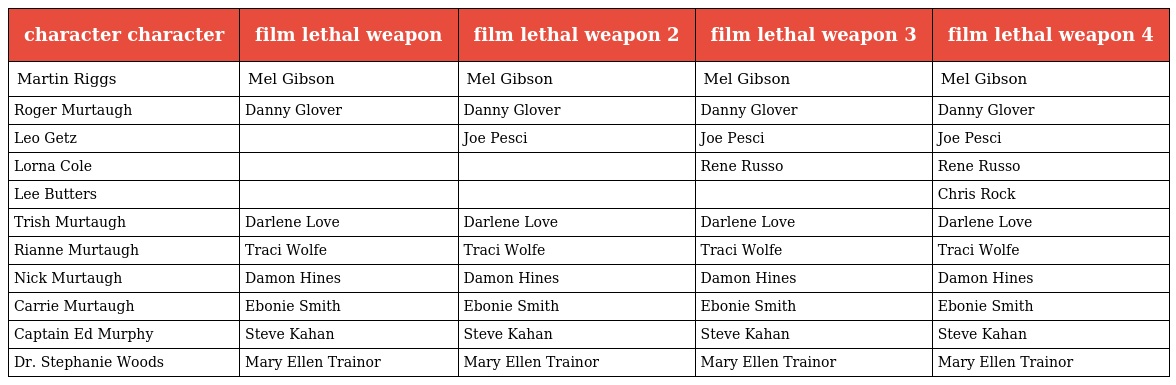
| character character | film lethal weapon | film lethal weapon 2 | film lethal weapon 3 | film lethal weapon 4 |
 | --- | --- | --- | --- | --- |
 | Martin Riggs | Mel Gibson | Mel Gibson | Mel Gibson | Mel Gibson |
 | Roger Murtaugh | Danny Glover | Danny Glover | Danny Glover | Danny Glover |
 | Leo Getz |  | Joe Pesci | Joe Pesci | Joe Pesci |
 | Lorna Cole |  |  | Rene Russo | Rene Russo |
 | Lee Butters |  |  |  | Chris Rock |
 | Trish Murtaugh | Darlene Love | Darlene Love | Darlene Love | Darlene Love |
 | Rianne Murtaugh | Traci Wolfe | Traci Wolfe | Traci Wolfe | Traci Wolfe |
 | Nick Murtaugh | Damon Hines | Damon Hines | Damon Hines | Damon Hines |
 | Carrie Murtaugh | Ebonie Smith | Ebonie Smith | Ebonie Smith | Ebonie Smith |
 | Captain Ed Murphy | Steve Kahan | Steve Kahan | Steve Kahan | Steve Kahan |
 | Dr. Stephanie Woods | Mary Ellen Trainor | Mary Ellen Trainor | Mary Ellen Trainor | Mary Ellen Trainor |